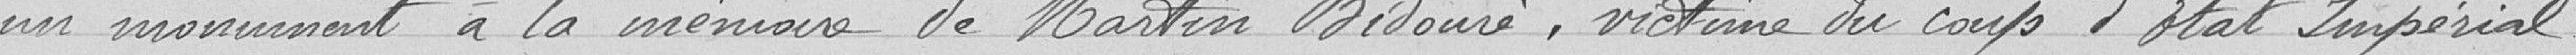
un monument à la mémoire de Martin Bidouré, victime du coup d’État impérial.